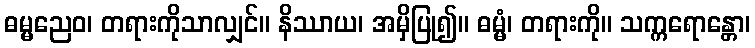
ဓမ္မညေဝ၊ တရားကိုသာလျှင်။ နိဿာယ၊ အမှိပြု၍။ ဓမ္မံ၊ တရားကို။ သက္ကရောန္တော၊